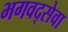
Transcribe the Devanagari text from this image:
भगवद्सेवा